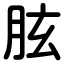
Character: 胘